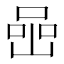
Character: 喦